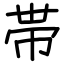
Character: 帯